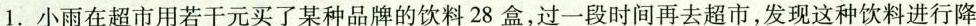
1. 小雨在超市用若干元买了某种品牌的饮料28盒，过一段时间再去超市，发现这种饮料进行降